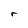
Character: r